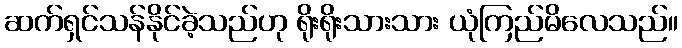
ဆက်ရှင်သန်နိုင်ခဲ့သည်ဟု ရိုးရိုးသားသား ယုံကြည်မိလေသည်။